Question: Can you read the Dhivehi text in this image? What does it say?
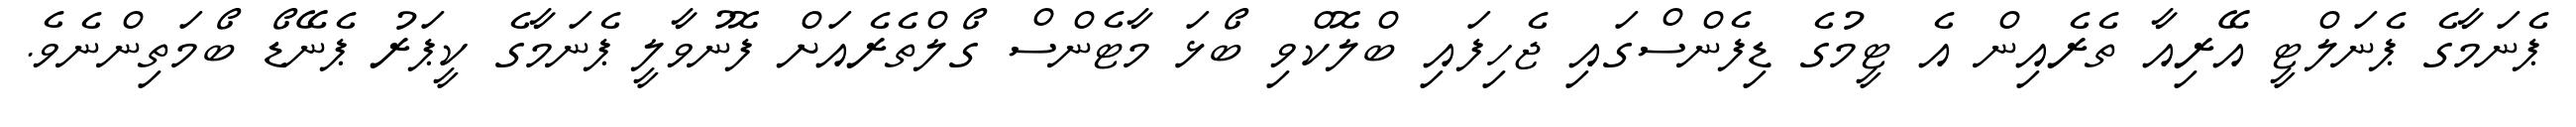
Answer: ޕެނަމާގެ ޕެނަލްޓީ އޭރިއާ ތެރެއިން އެ ޓީމުގެ ޑިފެންސްގައި ޖެހިފައި ބްލޮކްވި ބޯޅަ މާޓެންސް ގޯލްތެރެއަށް ފޮނުވާލީ ޕެނަމާގެ ކީޕަރު ޕެނޭޑޯ ބޯމަތިންނެވެ.